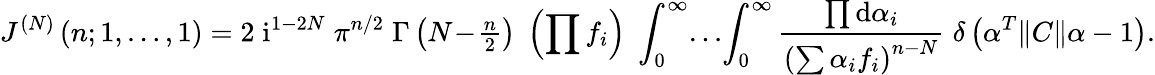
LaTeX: J^{(N)}\left(n;1,\ldots,1\right)=2\; \mathrm{i}^{1-2N}\; \pi^{n/2}\; \Gamma\left(N\! -\! {\textstyle{\frac{n}{2}}}\right)\; \left(\prod f_{i}\right)\; \int_{0}^{\infty}\! \ldots\! \int_{0}^{\infty}\frac{\prod\mathrm{d}\alpha_{i}}{\left(\sum\alpha_{i}f_{i}\right)^{n-N}}\; \delta\left(\alpha^{T}\| C\| \alpha-1\right).